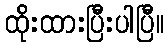
ထိုးထားပြီးပါပြီ။